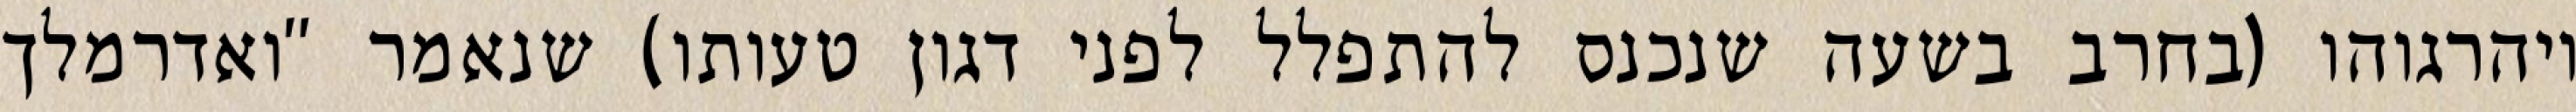
ויהרגוהו (בחרב בשעה שנכנס להתפלל לפני דגון טעותו) שנאמר "ואדרמלך